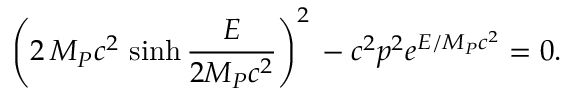
\left( 2 \, { \cal M } _ { P } c ^ { 2 } \, \sinh \frac { E } { 2 { \cal M } _ { P } c ^ { 2 } } \right) ^ { 2 } \, - c ^ { 2 } p ^ { 2 } e ^ { E / { \cal M } _ { P } c ^ { 2 } } = 0 .